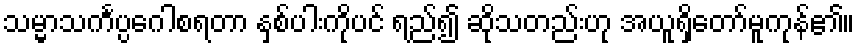
သမ္မာသင်္ကပ္ပဂေါစရတာ နှစ်ပါးကိုပင် ရည်၍ ဆိုသတည်းဟု အယူရှိတော်မူကုန်၏။